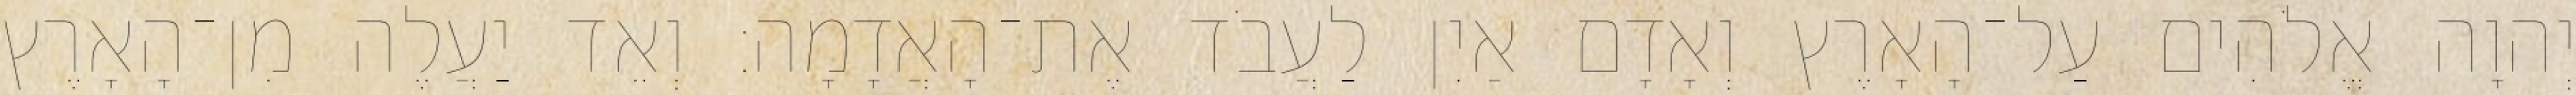
יְהוָה אֱלֹהִים עַל־הָאָרֶץ וְאָדָם אַיִן לַעֲבֹד אֶת־הָאֲדָמָה׃ וְאֵד יַעֲלֶה מִן־הָאָרֶץ